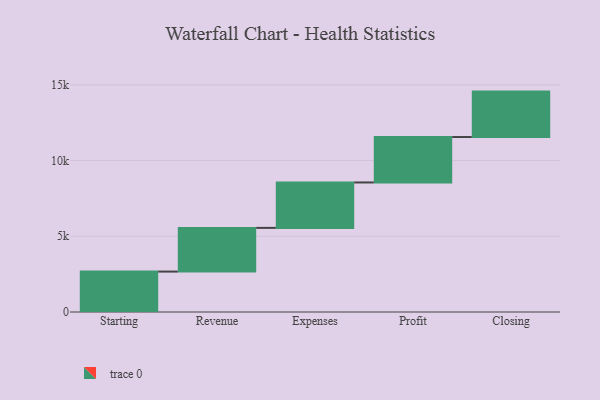
{"axis": {"x": "Step", "y": "Value"}, "legend": [""], "data": [{"x": "Starting", "y": 2669.0, "type": ""}, {"x": "Revenue", "y": 2886.0, "type": ""}, {"x": "Expenses", "y": 3000, "type": ""}, {"x": "Profit", "y": 3000, "type": ""}, {"x": "Closing", "y": 3000, "type": ""}]}